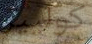
كوليير